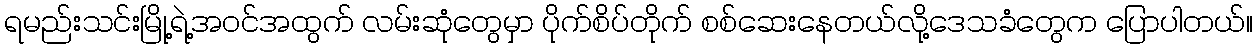
ရမည်းသင်းမြို့ရဲ့အဝင်အထွက် လမ်းဆုံတွေမှာ ပိုက်စိပ်တိုက် စစ်ဆေးနေတယ်လို့ဒေသခံတွေက ပြောပါတယ်။